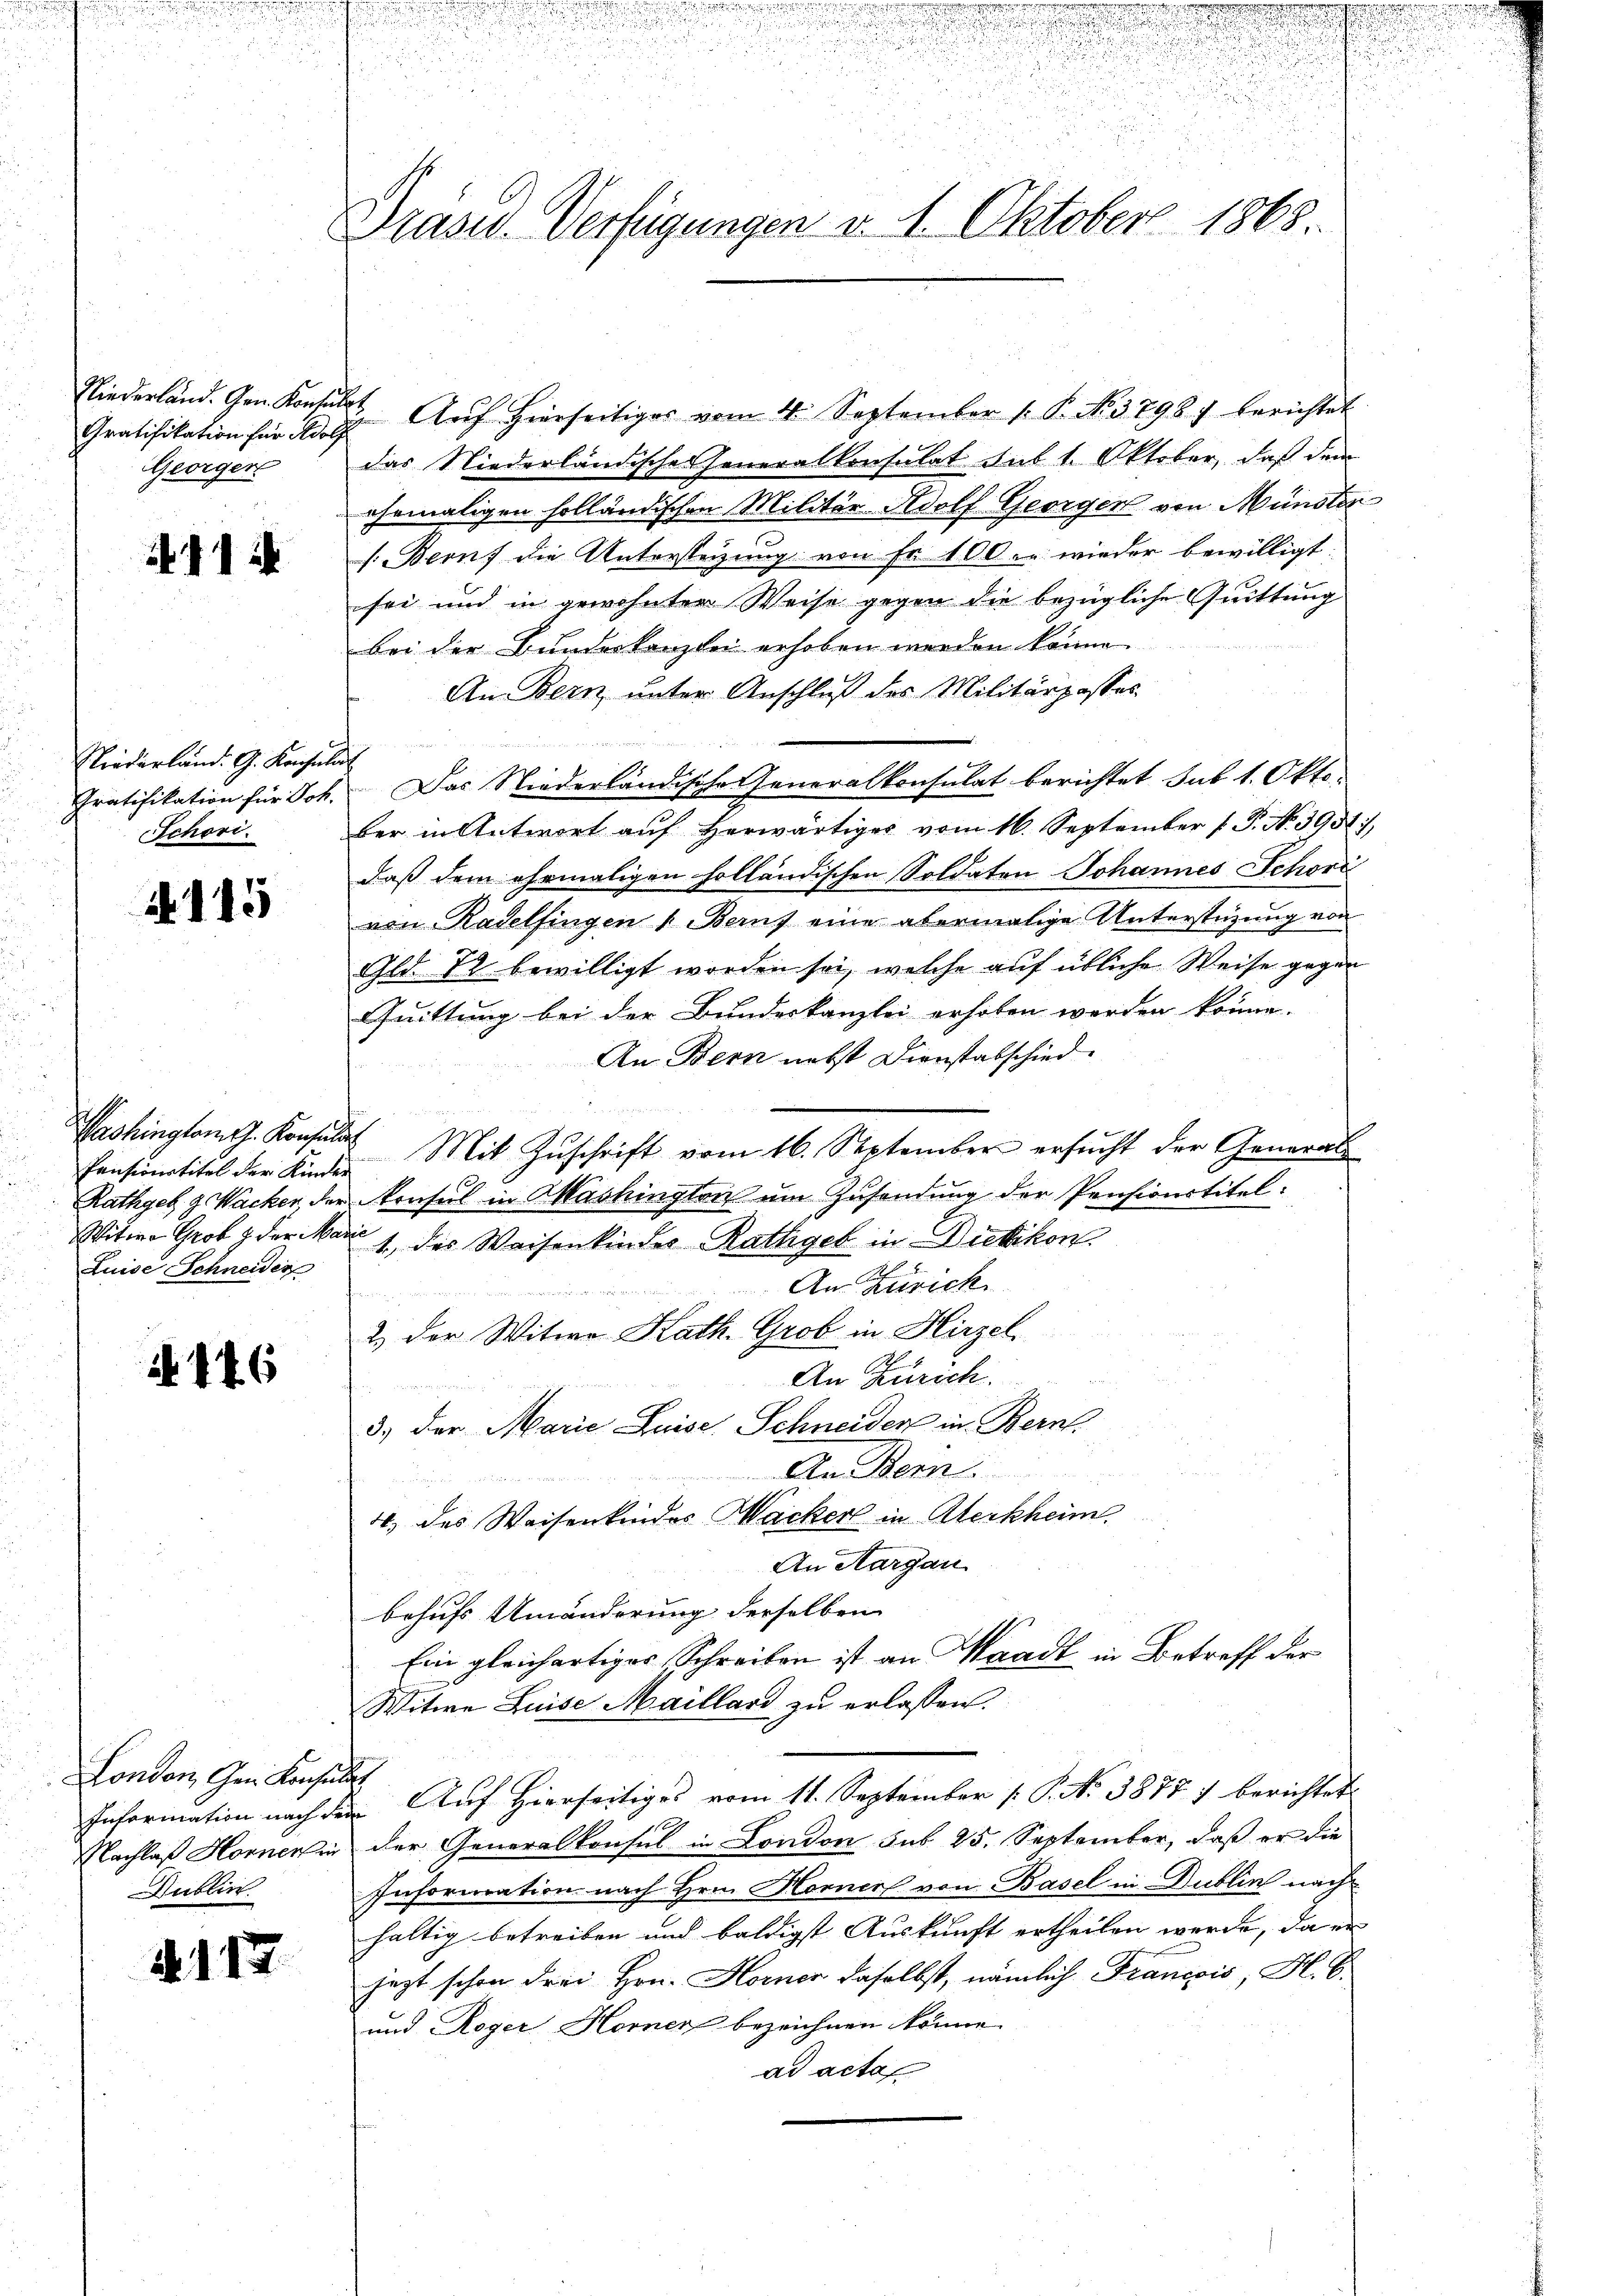
Niederland. Gen. Kontulat
Gratifikation für Adolf
Georgen

441 i

Niederland. G. Konsulat
Gratifikation für Joh.
Schori.

N. 115

Pensionstitel der Kinder
Luise Schneider

N 146

London, Gen. Konsulat
Nachlaß Horner in
Dublin

N. 117.

.

2

.
.
.
d
Präsid. Verfügungen v. 1. Oktober 1868.

n

u
u
u

" Aŭf Hierseitiges vom 4. September 1. P. No. 3798 berichtet
das Niederländische Generalkonsulat sub 1. Oktober, daß dem
ehemaligen holländischen Militär Adolf Georgen von Münster
(Beruf die Untersteizung von Fr. 100. wieder bewilligt:
sei und in gewohnter Weise gegen die bezügliche Quittung
bei der Bundeskanzlei erhoben werden könne.
An Bern unter Anschluß des Militärgosses

Das Niederländische Generalkonsulat berichtet sub 1. Okto
ber in Antwort aŭf herwärtiger vom 16. September 1. P. Nr. 395.
daß dem ehemaligen holländischen Soldaten Johannes Schöri
von Radelfingen 1. Beruf eine abermalige Unterstüzung von
Gld. 22 bewilligt worden sei, welche auf übliche Weise gegen
Quittung bei der Bundeskanzlei erhoben werden könne.
An Bern nebst Dienstabschied.
Washingtom. Konsulat Mit Zuschrift vom 16. September ersucht der General
Rathgeb 4 Wacker, der Konsul in Washingten um Zusendung der Pensionstitel:
Witwe Grob & der Marie 1 des Waisenkinder Rathgeb in Dietikon.
An Zürich
2.) Der Witwe Kath. Grob in Hirzel
An Zürich.

3.) Der Marie Luise Schneider in Bern.
An Bern
4) des Weisenkinder Wacker in Aberkheim.
An Aargau
behufs Umänderung derselben
Ein gleichartiges Schreiben ist an Waadt in Betreff der
Witwe Luise Maillard zu erlassen.
Information nach den Auf Hierseitiges vom 11. September [ P. No 3877) berichtet
der Generalkonsul in London sub 25. September, daß er die
Information nach Hrn. Horner von Basel in Dublin nach
haltig betreiben und baldigst Auskunft ertheilen werde, da er
jezt schon drei Hrn. Horner daselbst, nämlich Francois, H. E.
und Roger Horner bezeichnen könne.
ad acta